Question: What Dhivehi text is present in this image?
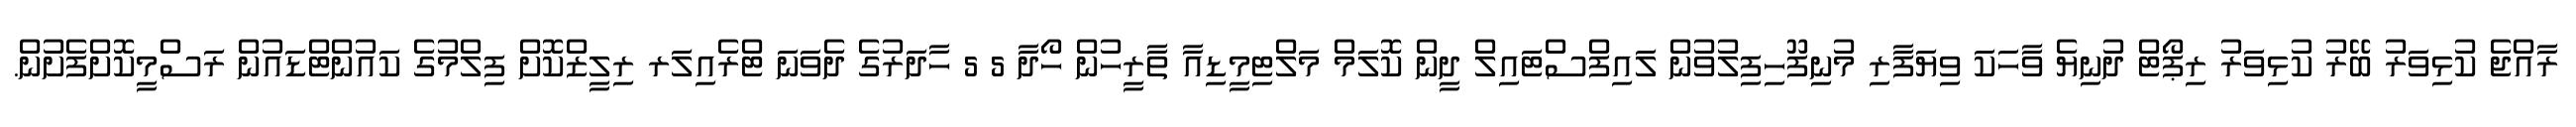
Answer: ރާއްޖެ ކުޅިވަރު ބޭރު ކުޅިވަރު ރިޕޯޓް ދުނިޔެ ވާހަކަ ވިޔަފާރި މުނިފޫހިފިލުވުން ލައިފްސްޓައިލް ދީން ކޮލަމް މަލްޓިމީޑިއާ ތާރީހުން ހޯދާ 5 5 ހާދަރުގެ ދެވަނަ ޓްރެއިލަރ ރިލީޒްކޮށް ފިލްމުގެ ކައުންޓްޑައުން ރަސްމީކޮށްފެށުން.